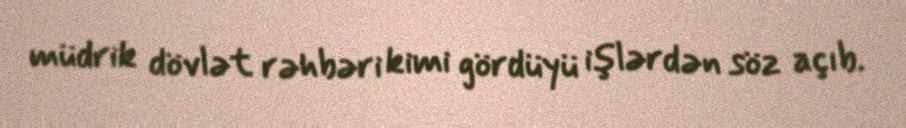
müdrik dövlət rəhbəri kimi gördüyü işlərdən söz açıb.